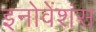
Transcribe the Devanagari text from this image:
इनोवेंशंस